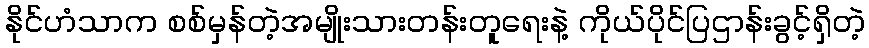
နိုင်ဟံသာက စစ်မှန်တဲ့အမျိုးသားတန်းတူရေးနဲ့ ကိုယ်ပိုင်ပြဌာန်းခွင့်ရှိတဲ့